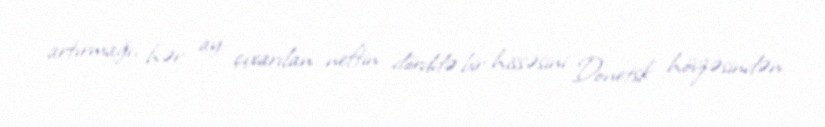
artırmağı, hər ay çıxarılan neftin dörddə bir hissəsini Donetsk hövzəsindən